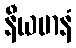
နီယမာနံ